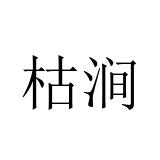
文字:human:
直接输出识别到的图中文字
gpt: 枯涧